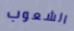
الشعوب